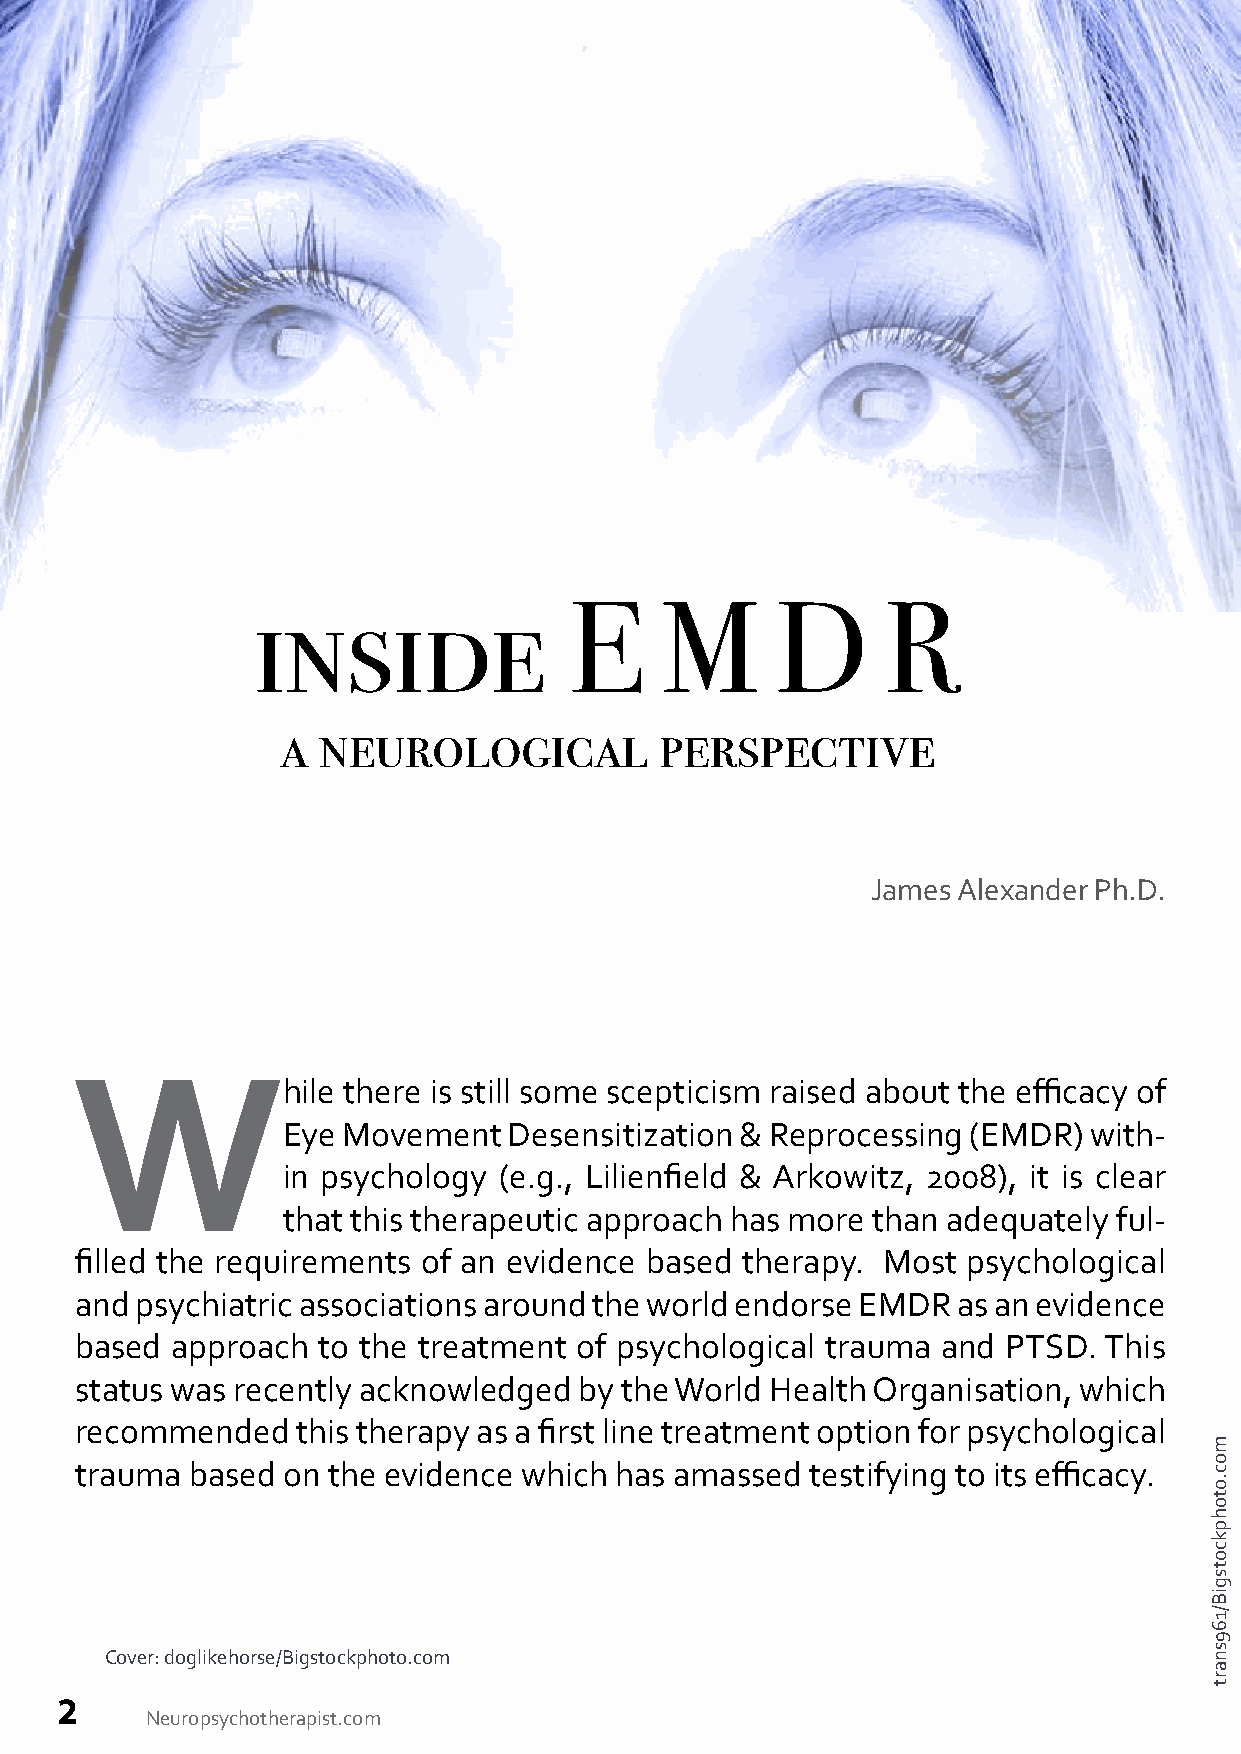
inside               E     M      D       R
 a neurological           perspective
 James Alexander Ph.D.
 W
 hile there is still some scepticism raised about the efficacy of
 Eye Movement   Desensitization & Reprocessing (EMDR) with-
 in psychology (e.g., Lilienfield & Arkowitz, 2008), it is clear
 that this therapeutic approach has more than adequately ful-
 filled the requirements of an evidence based therapy. Most psychological
 and psychiatric associations around the world endorse EMDR as an evidence
 based approach  to the treatment of psychological trauma and  PTSD. This
 status was recently acknowledged by the World Health Organisation, which
 recommended    this therapy as a first line treatment option for psychological
 trauma based  on the evidence which has amassed  testifying to its efficacy.
 Cover: doglikehorse/Bigstockphoto.com
 2
 Neuropsychotherapist.com
 moc.otohpkcotsgiB/169snart